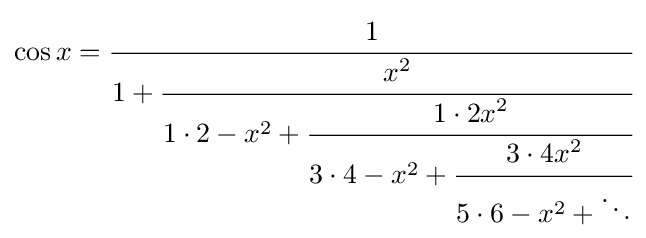
\cos x={\cfrac {1}{1+{\cfrac {x^{2}}{1\cdot 2-x^{2}+{\cfrac {1\cdot 2x^{2}}{3\cdot 4-x^{2}+{\cfrac {3\cdot 4x^{2}}{5\cdot 6-x^{2}+\ddots }}}}}}}}